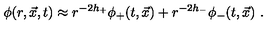
\phi ( r , \vec { x } , t ) \approx r ^ { - 2 h _ { + } } \phi _ { + } ( t , \vec { x } ) + r ^ { - 2 h _ { - } } \phi _ { - } ( t , \vec { x } ) \ .